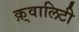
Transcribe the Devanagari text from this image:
क़्वालिटी